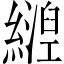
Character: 𬘀